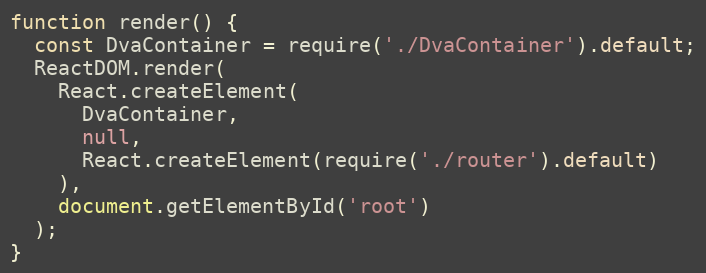
Language: JavaScript
function render() {
  const DvaContainer = require('./DvaContainer').default;
  ReactDOM.render(
    React.createElement(
      DvaContainer,
      null,
      React.createElement(require('./router').default)
    ),
    document.getElementById('root')
  );
}